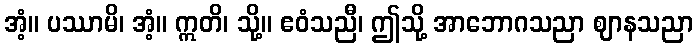
အံ့။ ပဿာမိ၊ အံ့။ ဣတိ၊ သို့။ ဧဝံသညီ၊ ဤသို့ အာဘောဂသညာ ဈာနသညာ